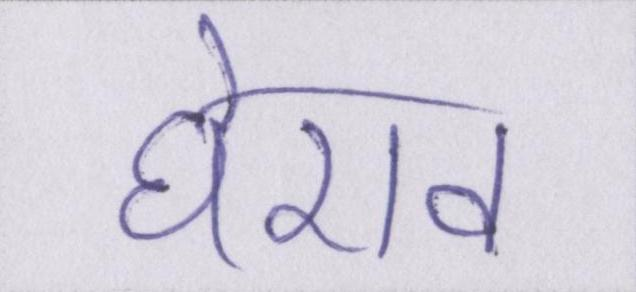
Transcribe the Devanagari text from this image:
घेराव